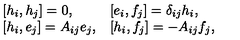
\begin{array} { l l } { [ h _ { i } , h _ { j } ] = 0 , } & { [ e _ { i } , f _ { j } ] = \delta _ { i j } h _ { i } , } \\ { \mathrm { [ } h _ { i } , e _ { j } \mathrm { ] } = A _ { i j } e _ { j } , } & { \mathrm { [ } h _ { i } , f _ { j } \mathrm { ] } = - A _ { i j } f _ { j } , } \\ \end{array}